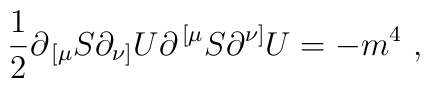
{1\over 2}\partial_{\,[\mu}S\partial_{\nu]}U\partial^{\,[\mu}S\partial^{\nu]}U=-m^4\ ,